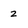
Character: 2